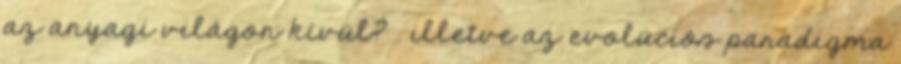
az anyagi világon kívül? . illetve az evolúciós paradigma